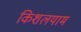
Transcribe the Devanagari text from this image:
किशलयाम